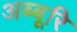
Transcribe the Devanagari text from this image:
अब्बूरि